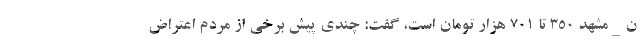
ن_مشهد ۳۵۰ تا ۷۰۱ هزار تومان است، گفت: چندی پیش برخی از مردم اعتراض